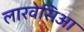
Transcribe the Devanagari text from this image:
लारवेसिआ